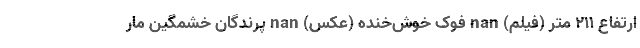
ارتفاع ۲۱۱ متر (فیلم) nan فوک خوش‌خنده (عکس) nan پرندگان خشمگین مار